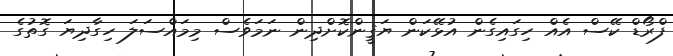
ފްރޯޑް ކޭސް އެއް ހިގައިގެން އުޅޭކަން ޔަޤީންކޮށްދިން ނަމަވެސް މިމައްސަލަ ހިގާދިޔަ ގޮތުގެ